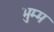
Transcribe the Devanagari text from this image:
भुम्म